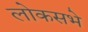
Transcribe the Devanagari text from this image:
लोकसभे